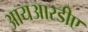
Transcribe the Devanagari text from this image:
आयआरडीए